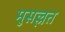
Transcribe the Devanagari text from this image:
मुसल्लत